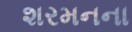
શરમનના